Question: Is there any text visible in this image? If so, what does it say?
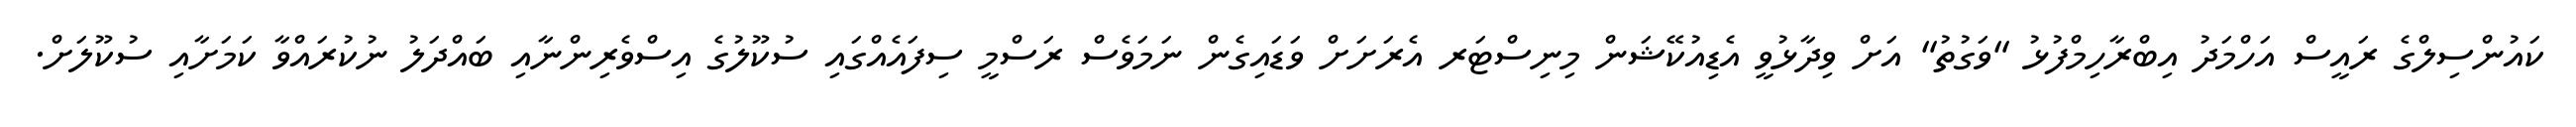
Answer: ކައުންސިލްގެ ރައީސް އަހްމަދު އިބްރާހިމްފުޅު "ވަގުތު" އަށް ވިދާޅުވީ އެޑިއުކޭޝަން މިނިސްޓަރ އެރަށަށް ވަޑައިގެން ނަމަވެސް ރަސްމީ ސިފައެއްގައި ސުކޫލުގެ އިސްވެރިންނާއި ބައްދަލު ނުކުރައްވާ ކަމަށާއި ސުކޫލަށް.